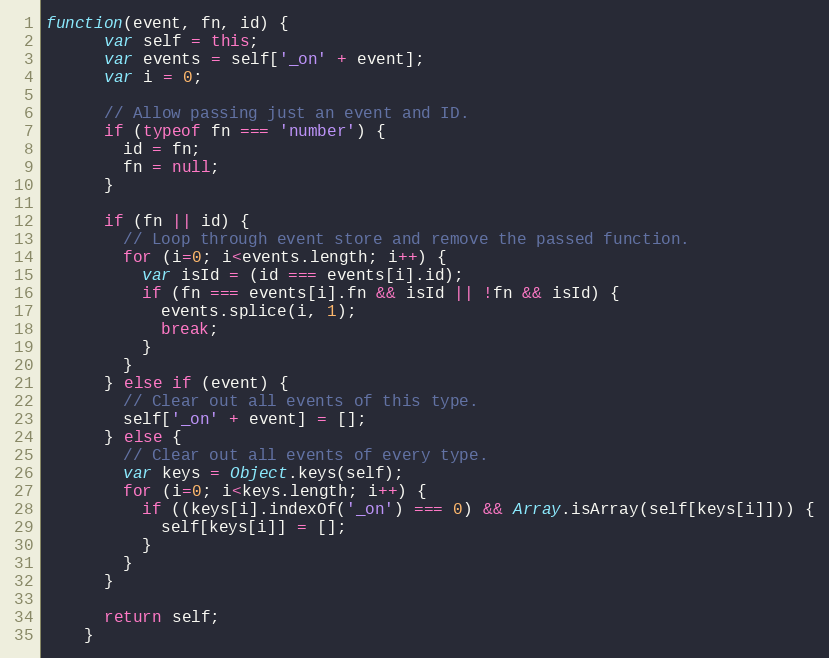
Language: JavaScript
function(event, fn, id) {
      var self = this;
      var events = self['_on' + event];
      var i = 0;

      // Allow passing just an event and ID.
      if (typeof fn === 'number') {
        id = fn;
        fn = null;
      }

      if (fn || id) {
        // Loop through event store and remove the passed function.
        for (i=0; i<events.length; i++) {
          var isId = (id === events[i].id);
          if (fn === events[i].fn && isId || !fn && isId) {
            events.splice(i, 1);
            break;
          }
        }
      } else if (event) {
        // Clear out all events of this type.
        self['_on' + event] = [];
      } else {
        // Clear out all events of every type.
        var keys = Object.keys(self);
        for (i=0; i<keys.length; i++) {
          if ((keys[i].indexOf('_on') === 0) && Array.isArray(self[keys[i]])) {
            self[keys[i]] = [];
          }
        }
      }

      return self;
    }